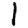
Digit: 1